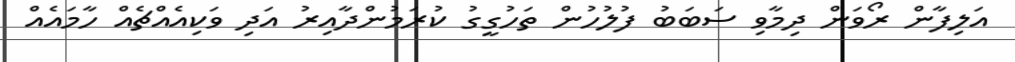
އަލިފާން ރޯވަން ދިމާވި ސަބަބު ފުލުހުން ތަހުގީގު ކުރަމުންދާއިރު އަދި ވަކިއެއްޗެއް ހާމައެއް